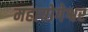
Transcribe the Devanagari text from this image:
महायोगेश्वर